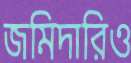
জমিদারিও